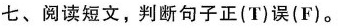
七、阅读短文,判断句子正(T)误(F).